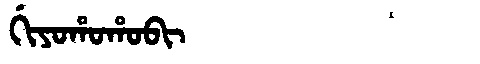
Manchu: ᡤᡳᠶᠣᡥᠣᡥᠣᠪᡳ
Romanization: GIYOHOHOBI